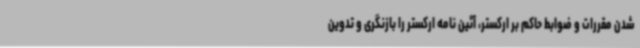
شدن مقررات و ضوابط حاکم بر ارکستر، آئین نامه ارکستر را بازنگری و تدوین